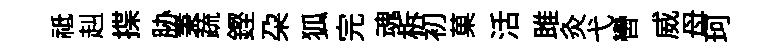
祗赳揲胁秉蔬鏗朶狐完魂柝初菓活雎灸弋轡威母珂